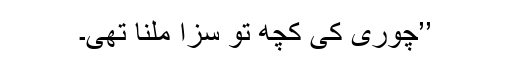
’’چوری کی کچھ تو سزا ملنا تھی۔